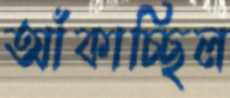
আঁকাচ্ছিল